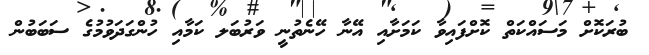
ބުރަކޮށް މަސައްކަތް ކޮށްފައިވާ ކަމަށާއި އޭނާ ހޭނެތުނީ ވަރުބަލ ކަމާއި ހުންގަދަވުމުގެ ސަބަބުން